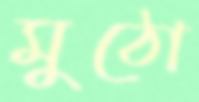
মুঠো